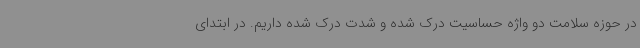
در حوزه سلامت دو واژه حساسیت درک شده و شدت درک شده داریم. در ابتدای